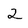
Character: 2